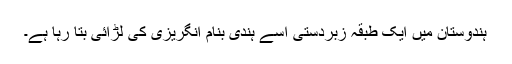
ہندوستان میں ایک طبقہ زبردستی اسے ہندی بنام انگریزی کی لڑائی بتا رہا ہے۔